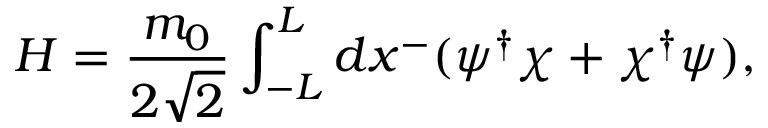
H = \frac { m _ { 0 } } { 2 \sqrt { 2 } } \int _ { - L } ^ { L } d x ^ { - } ( \psi ^ { \dagger } \chi + \chi ^ { \dagger } \psi ) ,